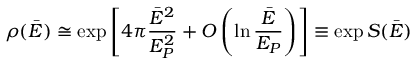
\rho ( \bar { E } ) \cong \exp \left[ 4 \pi { \frac { \bar { E } ^ { 2 } } { E _ { P } ^ { 2 } } } + { \cal O } \left( \ln { \frac { \bar { E } } { E _ { P } } } \right) \right] \equiv \exp S ( \bar { E } )